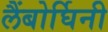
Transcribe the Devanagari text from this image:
लैंबोर्घिनी